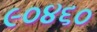
૯૦૪૬૦